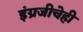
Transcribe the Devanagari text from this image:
इंग्रजीचेही